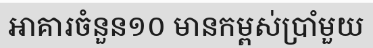
អាគារចំនួន១០ មានកម្ពស់ប្រាំមួយ